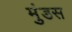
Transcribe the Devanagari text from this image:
मुंडस